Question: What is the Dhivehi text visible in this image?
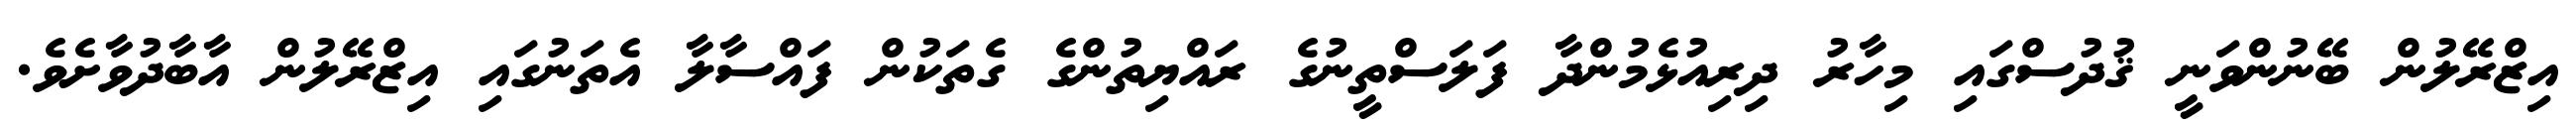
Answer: އިޒްރޭލުން ބޭނުންވަނީ ޤުދުސްގައި މިހާރު ދިރިއުޅެމުންދާ ފަލަސްތީނުގެ ރައްޔިތުންގެ ގެތަކުން ފައްސާލާ އެތަނުގައި އިޒްރޭލުން އާބާދުވާށެވެ.